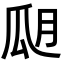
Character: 𤫮